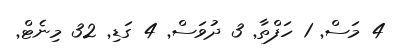
4 މަސް